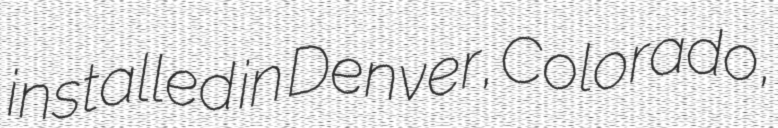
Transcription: installed in Denver, Colorado,